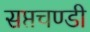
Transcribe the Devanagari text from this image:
सप्तचण्डी